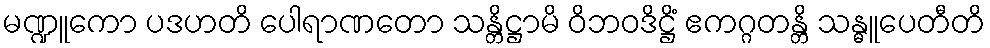
မဏ္ဍူကော ပဒဟတိ ပေါရာဏတော သန္တိဋ္ဌာမိ ဝိဘဝဒိဋ္ဌိံ ဧကဂ္ဂတန္တိ သန္ဓူပေတီတိ